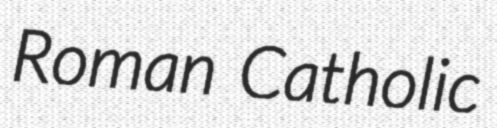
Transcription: Roman Catholic